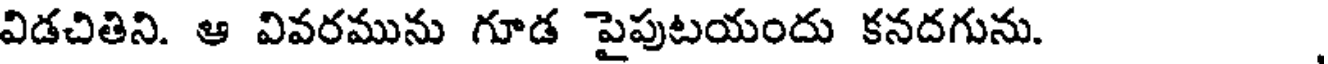
విడచితిని. ఆ వివరమును గూడ పైపుటయందు కనదగును.